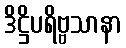
ဒိဋ္ဌိပရိဗ္ဗသာနာ